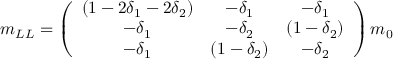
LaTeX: m _ { L L } = \left( \begin{array} { c c c } { { ( 1 - 2 \delta _ { 1 } - 2 \delta _ { 2 } ) } } & { { - \delta _ { 1 } } } & { { - \delta _ { 1 } } } \\ { { - \delta _ { 1 } } } & { { - \delta _ { 2 } } } & { { ( 1 - \delta _ { 2 } ) } } \\ { { - \delta _ { 1 } } } & { { ( 1 - \delta _ { 2 } ) } } & { { - \delta _ { 2 } } } \end{array} \right) m _ { 0 }